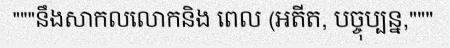
"""នឹងសាកលលោកនិង ពេល (អតីត, បច្ចុប្បន្ន,"""